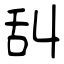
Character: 舏